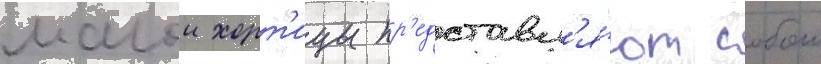
малои хорт'ицы пр'едставл'я́ют собои